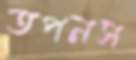
তপনস